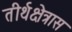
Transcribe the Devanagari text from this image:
तीर्थक्षेत्रास